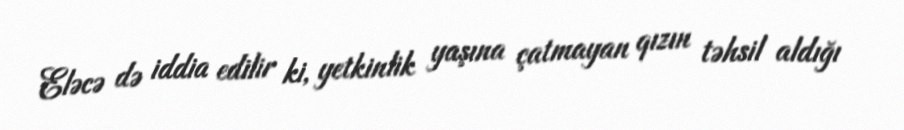
Eləcə də iddia edilir ki, yetkinlik yaşına çatmayan qızın təhsil aldığı